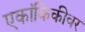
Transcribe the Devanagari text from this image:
एकांकिकीवर